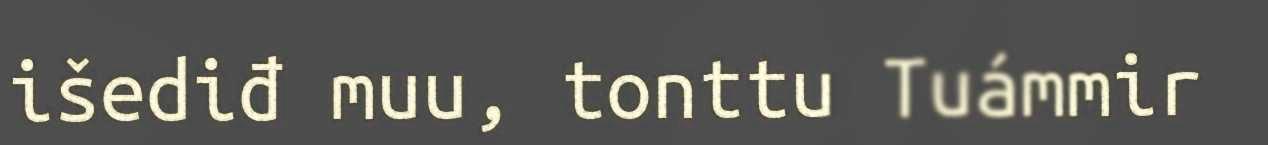
išediđ muu, tonttu Tuámmir